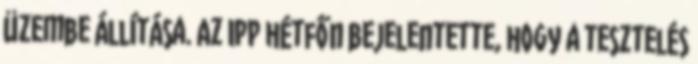
üzembe állítása. Az IPP hétfőn bejelentette, hogy a tesztelés